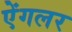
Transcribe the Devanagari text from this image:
ऐंगलर